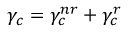
\gamma _ { c } = \gamma _ { c } ^ { n r } + \gamma _ { c } ^ { r }